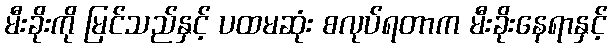
မီးခိုးကို မြင်သည်နှင့် ပထမဆုံး စလုပ်ရတာက မီးခိုးနေရာနှင့်